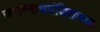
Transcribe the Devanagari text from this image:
जगन्‍नाथपंडिताच्या